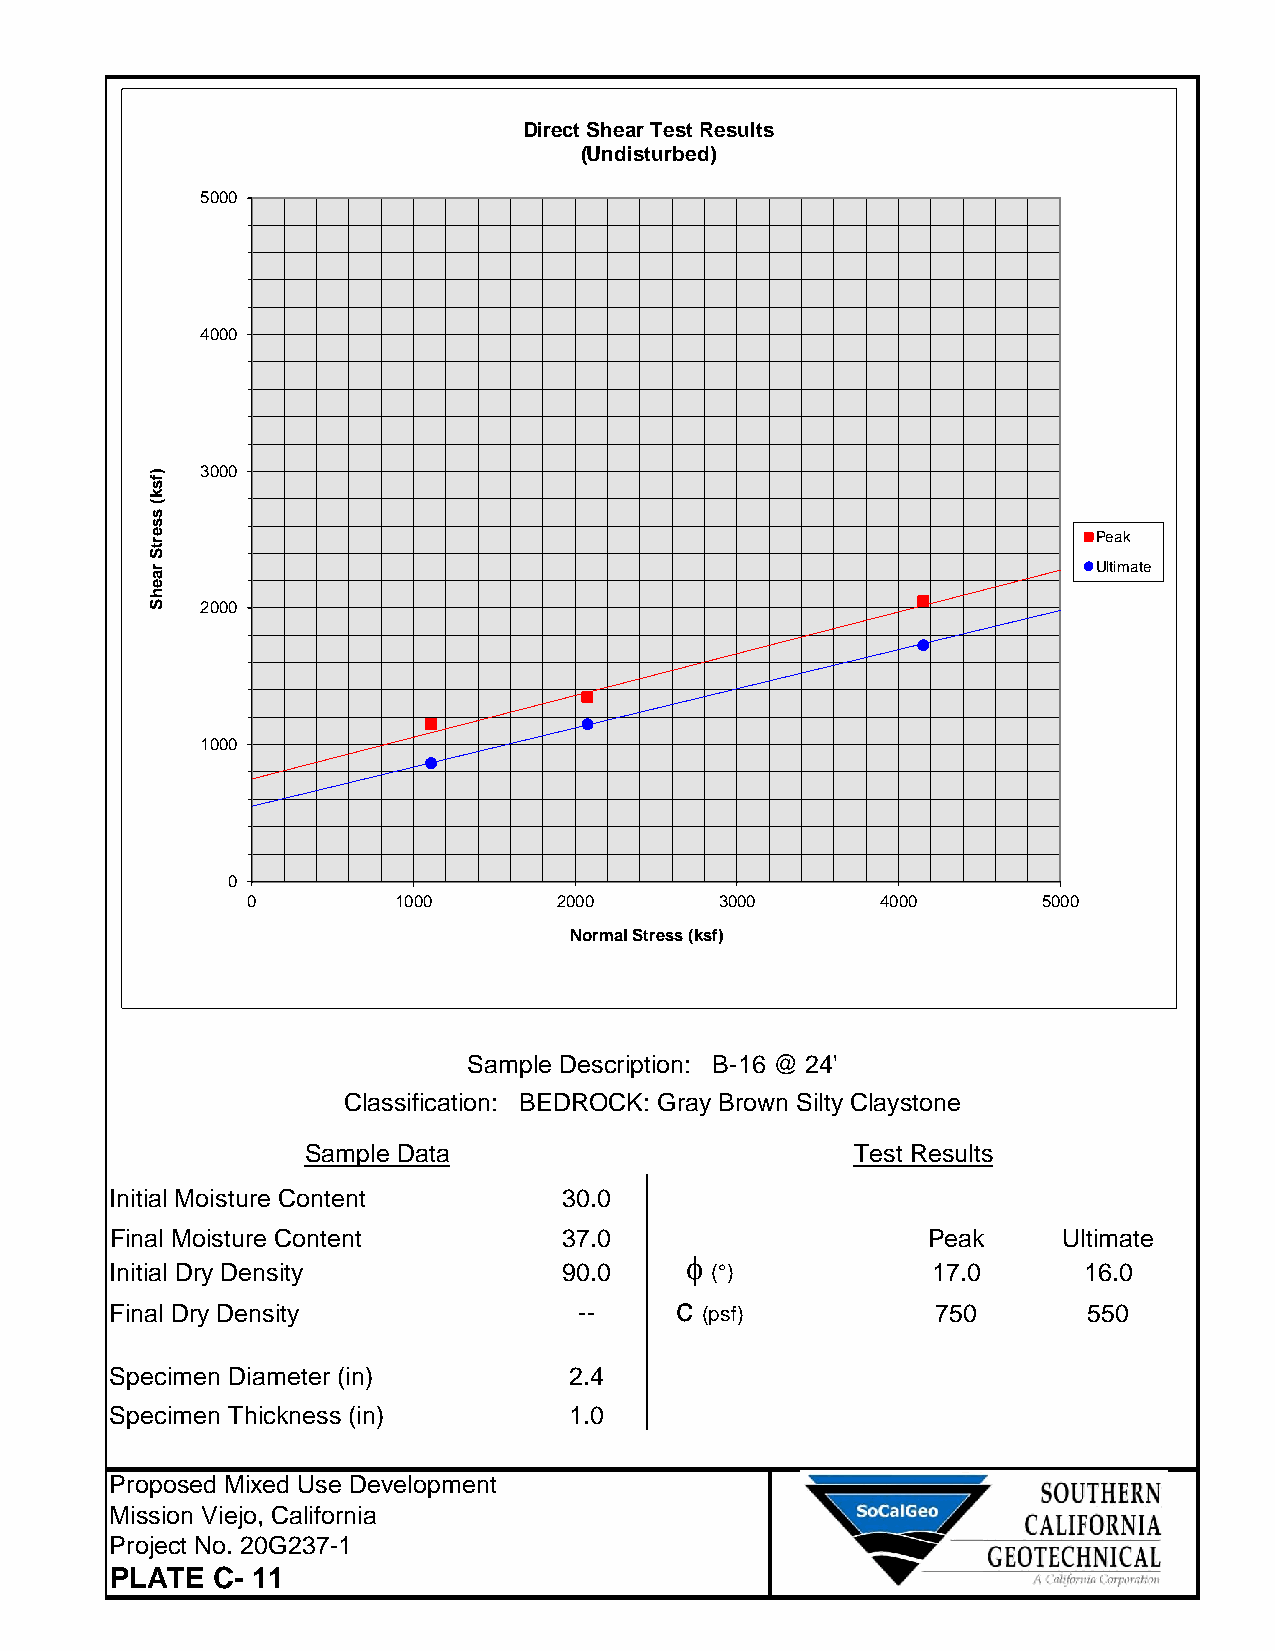
DirectShearTestResults
 (Undisturbed)
 5000
 4000
 3000
 Peak
 Ultimate
 2000
 1000
 0
 0         1000       2000       3000      4000       5000
 NormalStress(ksf)
 Sample Description: B-16 @ 24'
 Classification: BEDROCK: Gray Brown Silty Claystone
 Sample Data                          Test Results
 Initial Moisture Content      30.0
 Final Moisture Content        37.0                    Peak     Ultimate
 f
 Initial Dry Density           90.0      (°)            17.0      16.0
 Final Dry Density              --     c (psf)          750       550
 Specimen Diameter (in)         2.4
 Specimen Thickness (in)        1.0
 Proposed Mixed Use Development
 Mission Viejo, California
 Project No. 20G237-1
 PLATE  C- 11
 )fsk(ssertSraehS